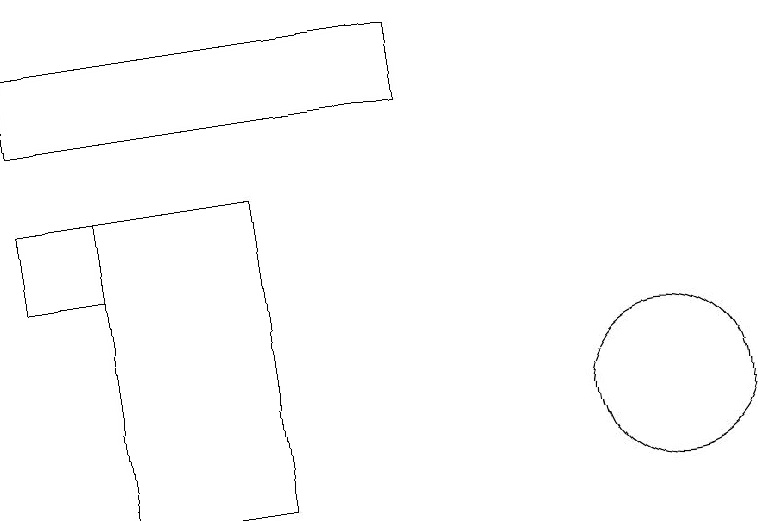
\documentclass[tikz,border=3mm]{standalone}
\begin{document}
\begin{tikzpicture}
\draw (10,10) circle (0);
\draw (12,11) circle (1);
\draw (7,14) rectangle (5,10);
\draw (9,16) rectangle (4,15);
\draw (4,13) rectangle (5,14);
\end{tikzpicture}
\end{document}